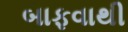
બાફવાથી